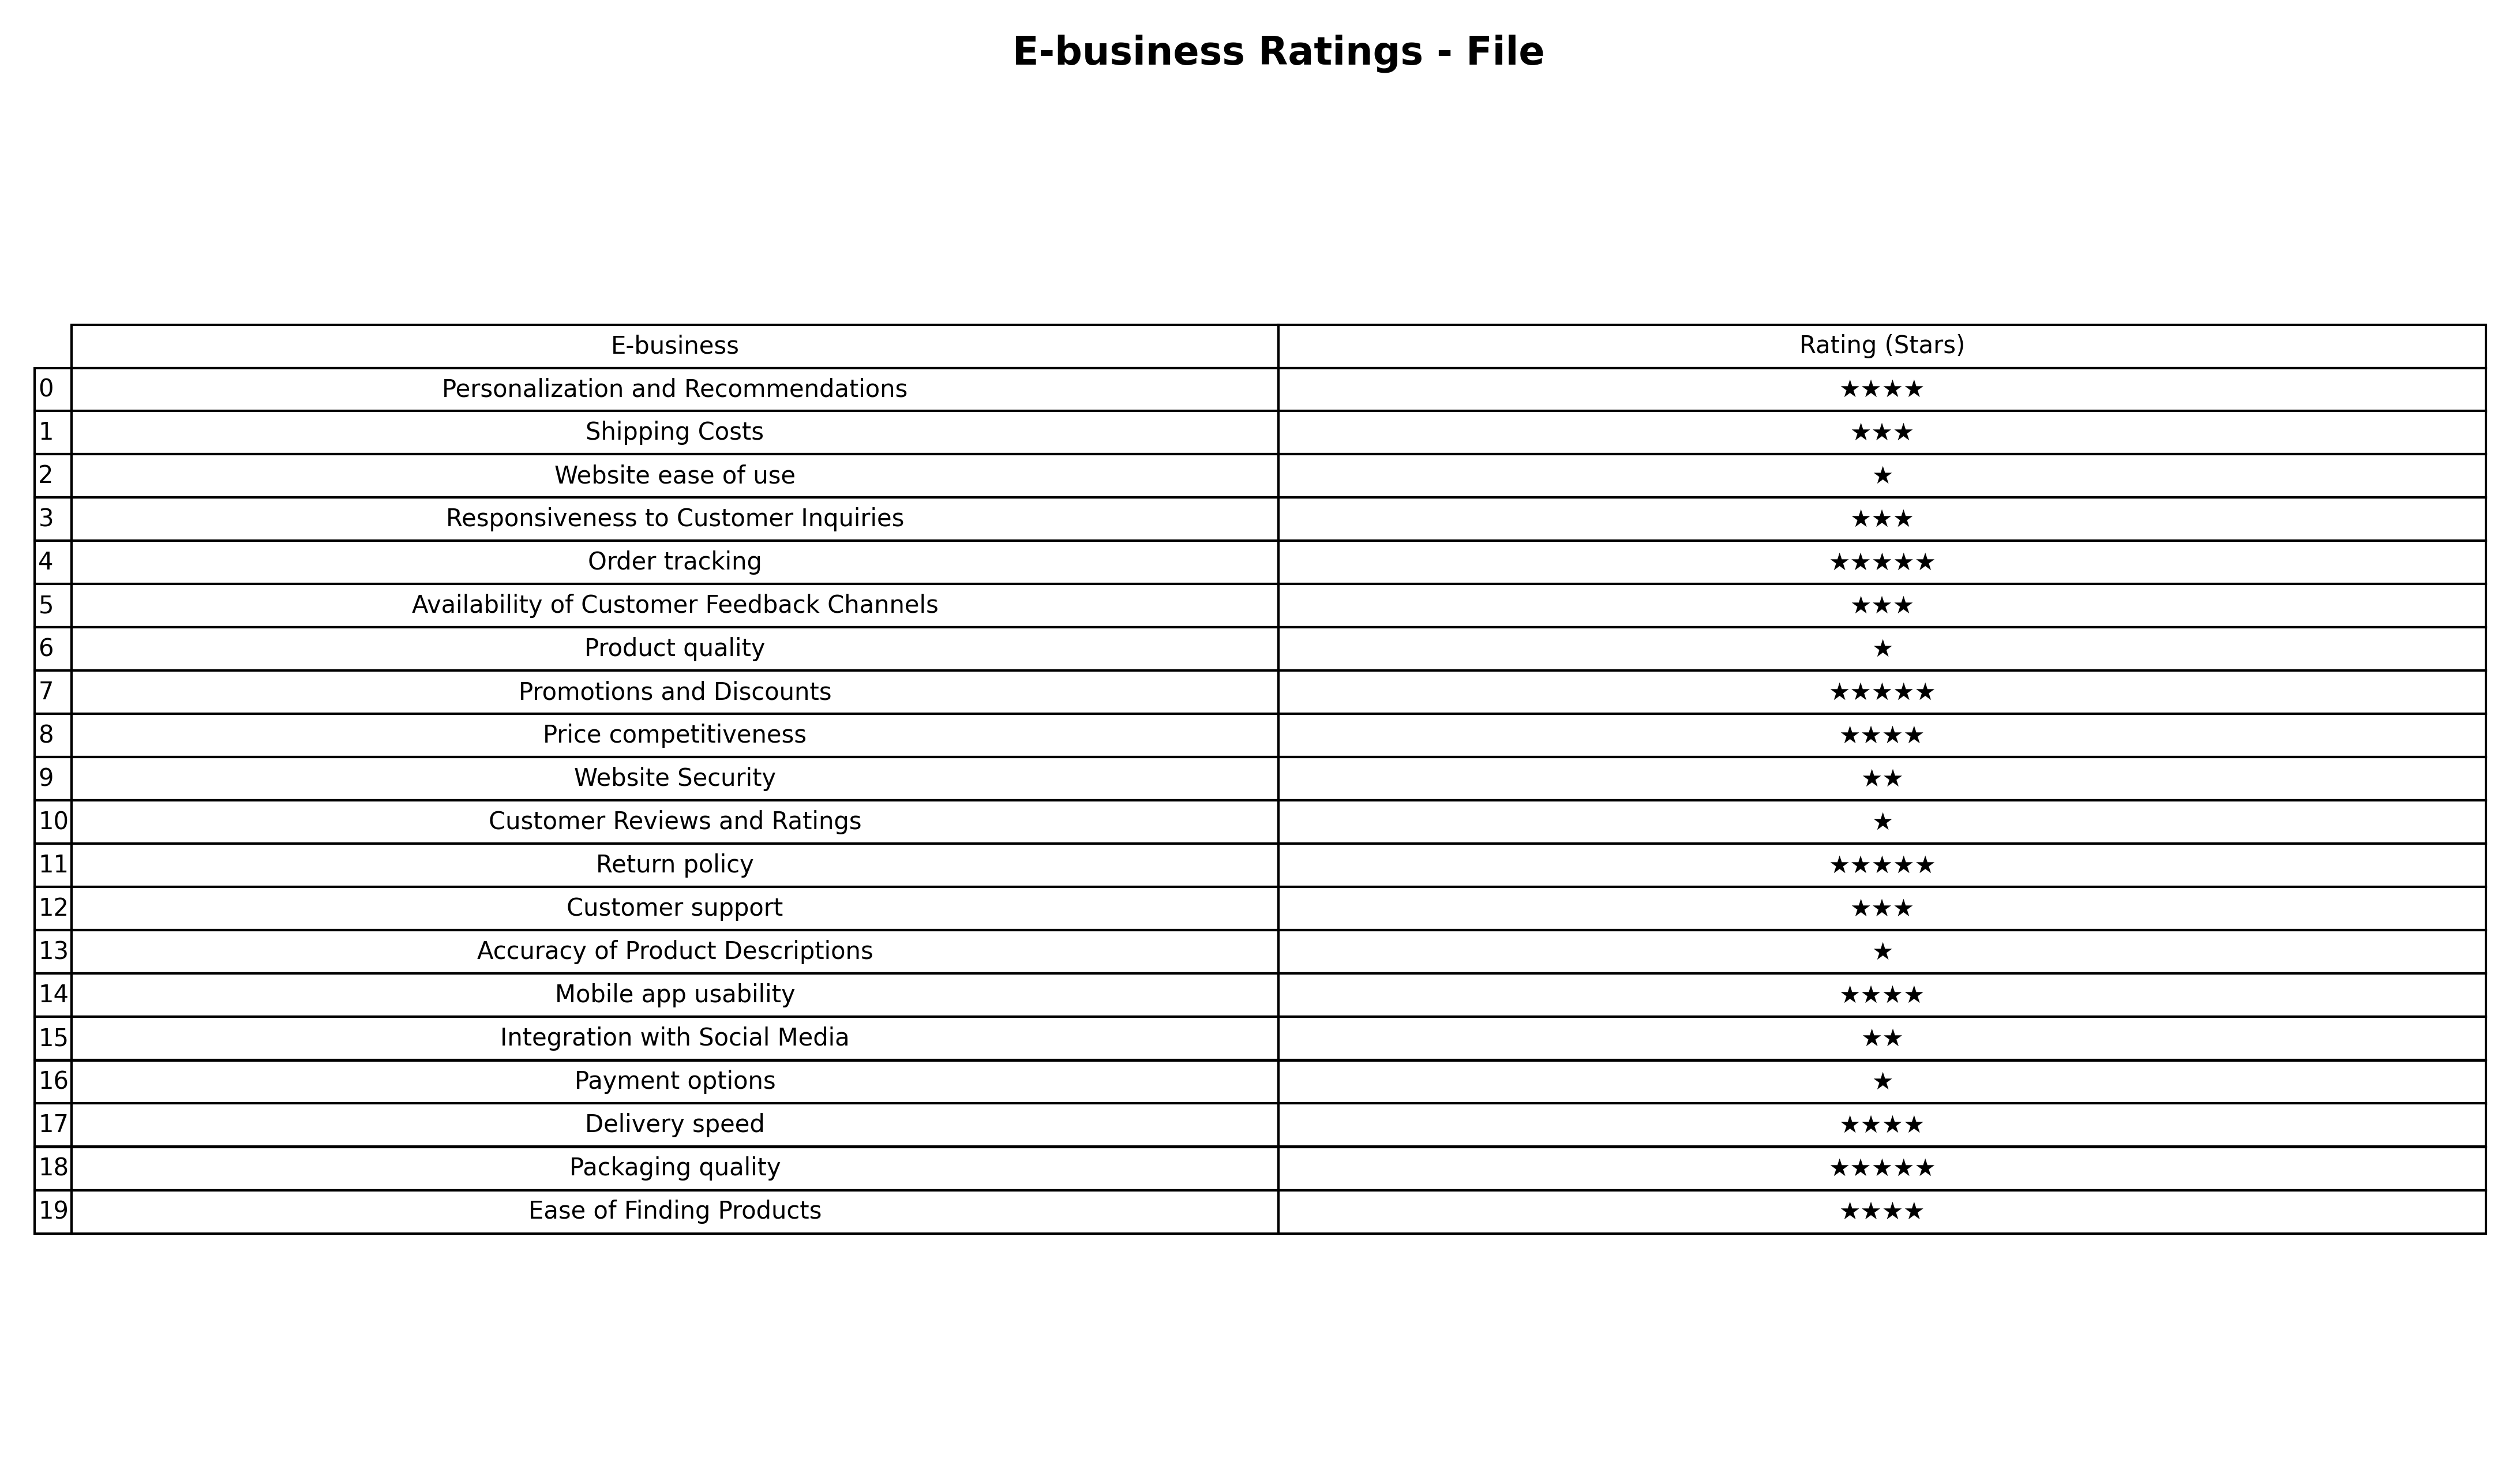
question: What are one star services?
answer: Website ease of useProduct qualityCustomer Reviews and RatingsAccuracy of Product DescriptionsPayment options